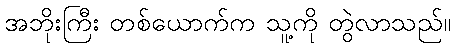
အဘိုးကြီး တစ်ယောက်က သူ့ကို တွဲလာသည်။